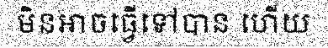
មិនអាចធ្វើទៅបាន ហើយ